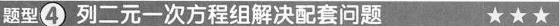
题型④ 列二元一次方程组解决配套问题 ☆☆☆